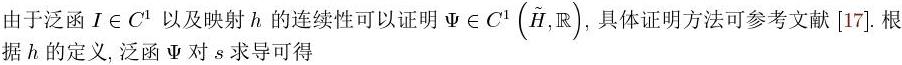
由于泛函$I\in C^{1}$以及映射$h$的连续性可以证明$\Psi\in C^{1}(\tilde{H},\mathbb{R})$，具体证明方法可参考文献[17]. 根据$h$的定义, 泛函$\Psi$对$s$求导可得